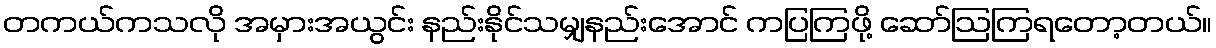
တကယ်ကသလို အမှားအယွင်း နည်းနိုင်သမျှနည်းအောင် ကပြကြဖို့ ဆော်ဩကြရတော့တယ်။